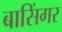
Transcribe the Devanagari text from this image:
बासिंगर